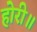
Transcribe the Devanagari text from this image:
होरी॥